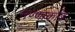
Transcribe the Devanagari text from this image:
मण्णार्काड